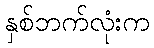
နှစ်ဘက်လုံးက